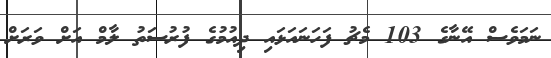
ނަމަވެސް އޭނާގެ 103 މެޗު ފަހަނައަޅައި ދިއުމުގެ ފުރުސަތު ލާމް އަށް ވަރަށް